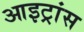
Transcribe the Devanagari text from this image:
आइट्रांस